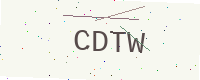
Text: CDTW